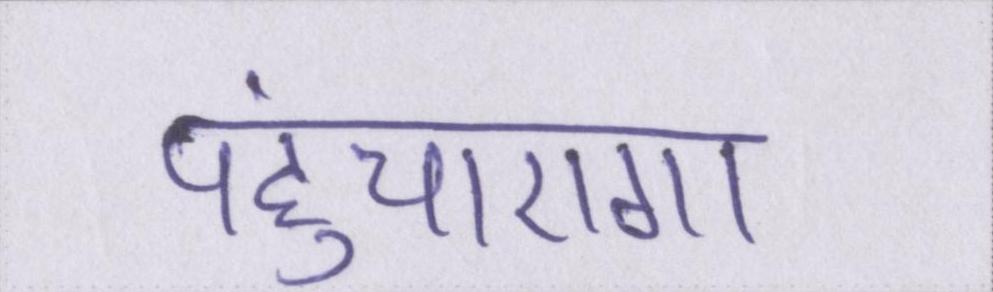
पहुंचाएगा